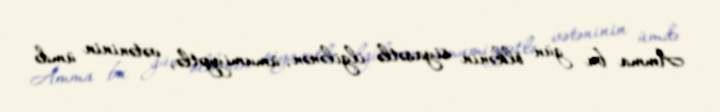
Amma bu gün ölkənin siyasətlə ilgilənən, ümumiyyətlə, vətəninin ümdə